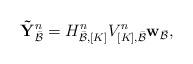
LaTeX: \begin{align*}{\bf \tilde{Y}}_{\bar{\cal B}}^n = H_{\bar{\cal B},[K]}^n V_{[K],\bar{\cal B}}^n {\bf w}_{\bar{\cal B}},\end{align*}